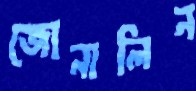
জোনালিন